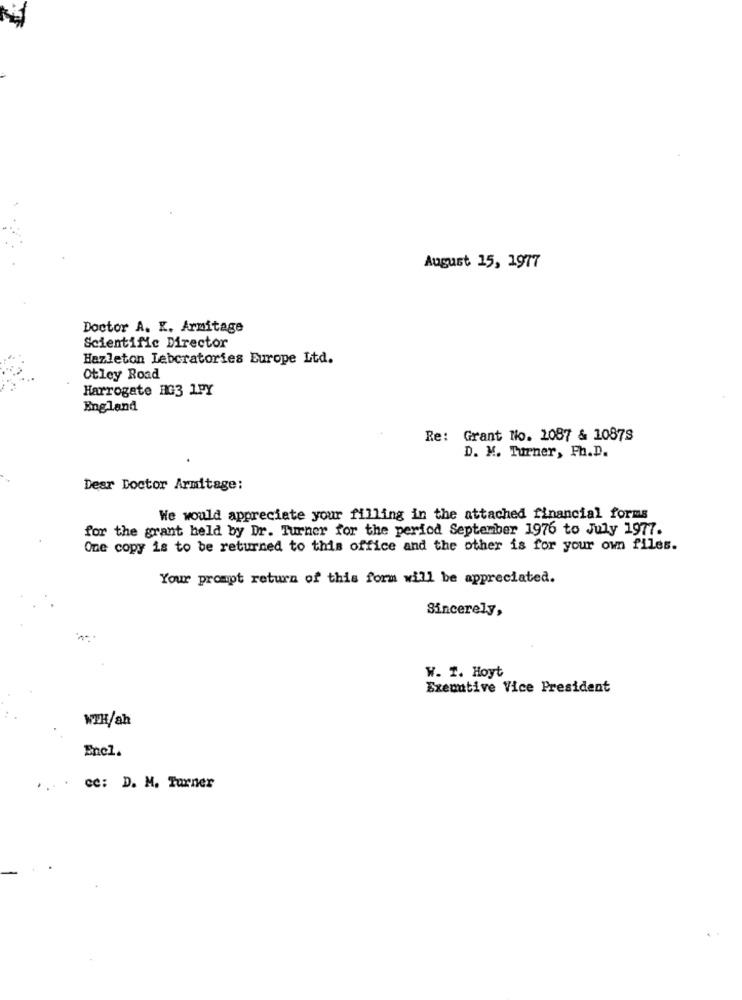
August 15, 1977
Doctor A. K. Armitage
Scientific Director
Hazleton Laboratories Europe Ltd.
Otley Road
Harrogate HG3 1PY
England
Re: Grant No. 2087 & 1087S
D. M. Turner, Ph.D.
Dear Doctor Armitage:
We would appreciate your filling in the attached financial forms
for the grant held by Dr. Turner for the period September 1976 to July 1977.
One copy is to be returned to this office and the other is for your own files.
Your prompt return of this form will be appreciated.
Sincerely,
W. 1. Hoyt
Executive Vice President
WIH/ah
Enel.
cc: D. M. Turner